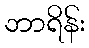
ဘာရိန်း